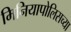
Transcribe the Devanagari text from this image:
मिनियापोलिसच्या